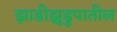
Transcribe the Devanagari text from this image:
झाडीझुडुपातील